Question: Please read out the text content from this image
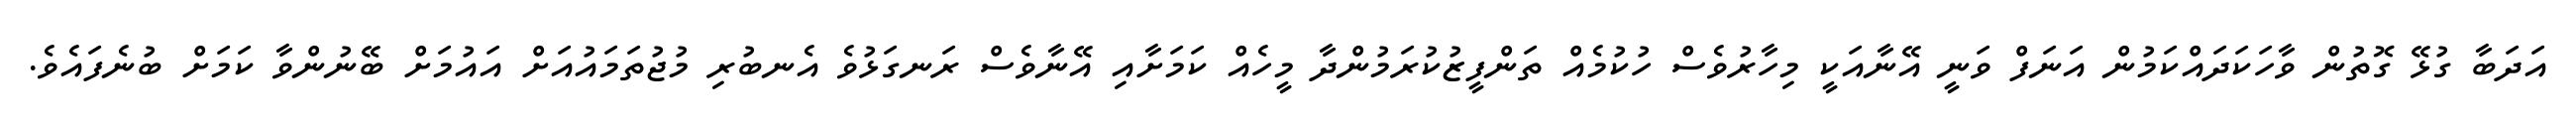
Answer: އަދަބާ ގުޅޭ ގޮތުން ވާހަކަދައްކަމުން އަނަފް ވަނީ އޭނާއަކީ މިހާރުވެސް ހުކުމެއް ތަންފީޒުކުރަމުންދާ މީހެއް ކަމަށާއި އޭނާވެސް ރަނގަޅުވެ އެނބުރި މުޖުތަމައުއަށް އައުމަށް ބޭނުންވާ ކަމަށް ބުނެފައެވެ.